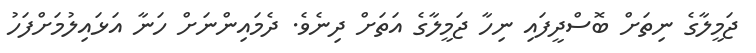
ޖަމީލާގެ ނިތަށް ބޮސްދީފައި ނިހާ ޖަމީލާގެ އަތަށް ދިނެވެ. ދެމައިންނަށް ހަނާ އަޅައިލުމަށްފަހު